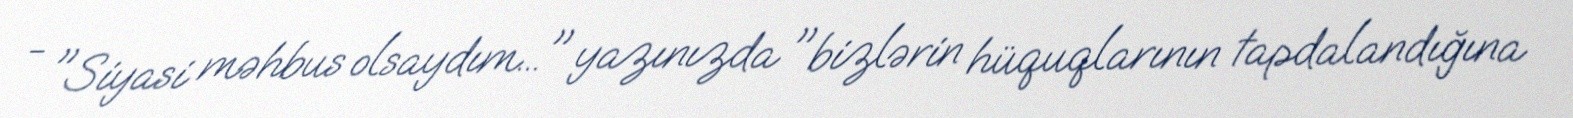
- "Siyasi məhbus olsaydım..." yazınızda "bizlərin hüquqlarının tapdalandığına